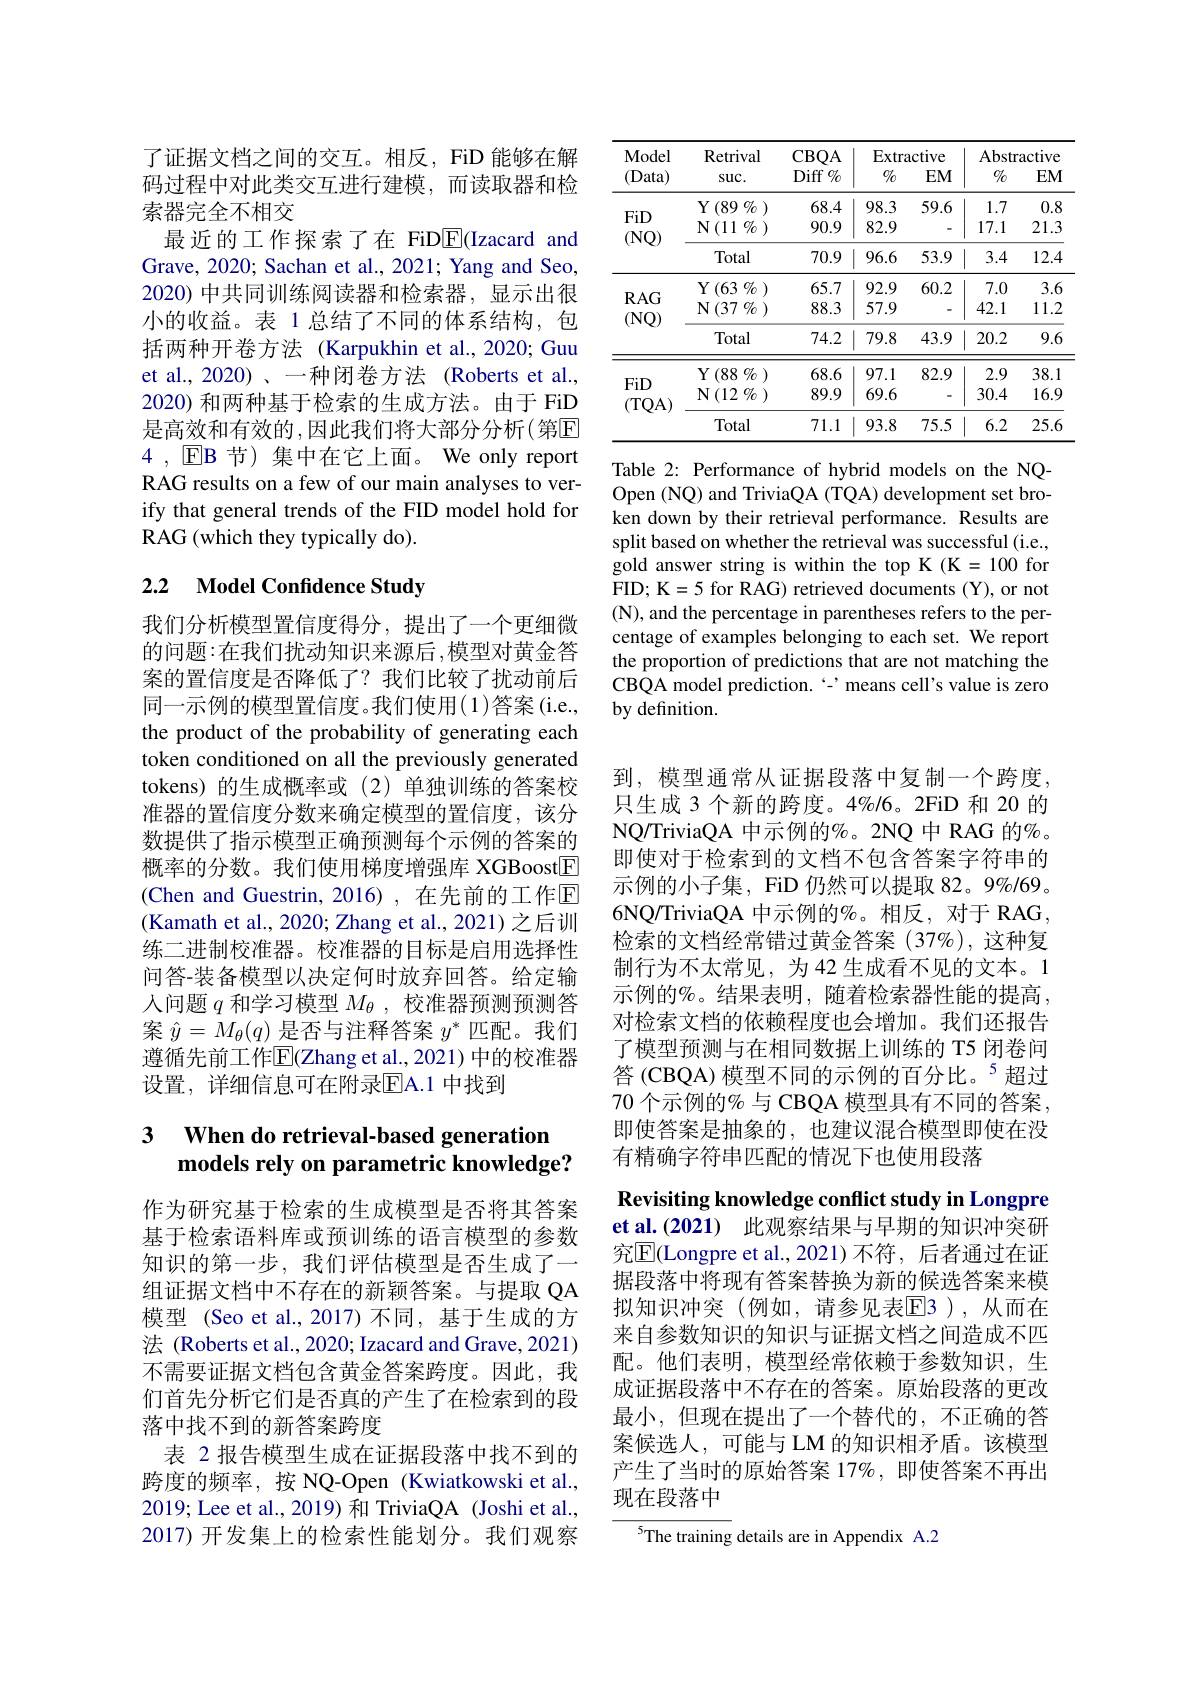
了证据文档之间的交互。相反，FiD 能够在解码过程中对此类交互进行建模，而读取器和检索器完全不相交
最近的工作探索了在 FiDE(Izacard and Grave, 2020; Sachan et al., 2021; Yang and Seo, 2020) 中共同训练阅读器和检索器，显示出很小的收益。表 1 总结了不同的体系结构，包括两种开卷方法 (Karpukhin et al.,2020; Guu et al., 2020)、一种闭卷方法(Roberts et al., 2020) 和两种基于检索的生成方法。由于 FiD 是高效和有效的，因此我们将大部分分析(第$\mathbb{E}$ 4 , $\operatorname{EB}$节)集中在它上面。We only report RAG results on a few of our main analyses to verify that general trends of the FID model hold for RAG (which they typically do).

# 2.2 Model Confidence Study

我们分析模型置信度得分，提出了一个更细微的问题：在我们扰动知识来源后，模型对黄金答案的置信度是否降低了？我们比较了扰动前后同一示例的模型置信度。我们使用(1)答案(i.e., the product of the probability of generating each token conditioned on all the previously generated tokens) 的生成概率或(2)单独训练的答案校准器的置信度分数来确定模型的置信度，该分数提供了指示模型正确预测每个示例的答案的概率的分数。我们使用梯度增强库 XGBoost$\boxed{\mathrm{F}}$ (Chen and Guestrin, 2016) ,在先前的工作$\mathbb{E}$ (Kamath et al., 2020; Zhang et al., 2021) 之后训练二进制校准器。校准器的目标是启用选择性问答-装备模型以决定何时放弃回答。给定输人问题$q$和学习模型$M_\theta$,校准器预测预测答案$\hat{y}=M_\theta(q)$是否与注释答案$y^*$匹配。我们遵循先前工作$\overline{\mathrm{E}}$(Zhang et al.,2021) 中的校准器设置，详细信息可在附录$\overline{\mathrm{E}}$A.1 中找到

## 3 $\textbf{When do retrieval- based generation}$ models rely on parametric knowledge?

作为研究基于检索的生成模型是否将其答案基于检索语料库或预训练的语言模型的参数知识的第一步，我们评估模型是否生成了一组证据文档中不存在的新颖答案。与提取 QA 模型 (Seo et al., 2017) 不同，基于生成的方法 (Roberts et al., 2020; Izacard and Grave, 2021) 不需要证据文档包含黄金答案跨度。因此，我们首先分析它们是否真的产生了在检索到的段落中找不到的新答案跨度
表 2 报告模型生成在证据段落中找不到的跨度的频率，按 NQ-Open (Kwiatkowski et al., 2019; Lee et al., 2019) 和 TriviaQA (Joshi et al., 2017) 开发集上的检索性能划分。我们观察

<table>
	<tbody>
		<tr>
			<th rowspan="2">Model (Data)</th>
			<th rowspan="2">Retrival $SUC.$</th>
			<th rowspan="2">$CBQA$ Diff $\%$</th>
			<th colspan="2">Extractive</th>
			<th colspan="2">Abstractive</th>
		</tr>
		<tr>
			<th>$0/_0$</th>
			<th>$EM$</th>
			<th>$o/l_{0}$</th>
			<th>$EM$</th>
		</tr>
		<tr>
			<td rowspan="3">FiD (NQ)</td>
			<td>$Y\left(89\right.\%$</td>
			<td>68.4</td>
			<td>98.3</td>
			<td>59.6</td>
			<td>1.7</td>
			<td>0.8</td>
		</tr>
		<tr>
			<td>${\mathcal{N}(11\:\%\:)}$</td>
			<td>90.9</td>
			<td>82.9</td>
			<td>-</td>
			<td>17.1</td>
			<td>21.3</td>
		</tr>
		<tr>
			<td>Total</td>
			<td>70.9</td>
			<td>96.6</td>
			<td>53.9</td>
			<td>3.4</td>
			<td>12.4</td>
		</tr>
		<tr>
			<td rowspan="3">$RAG$ (NQ)</td>
			<td>${\mathrm{Y}}\left(63\:\%\:\right)$</td>
			<td>65.7</td>
			<td>92.9</td>
			<td>60.2</td>
			<td>7.0</td>
			<td>3.6</td>
		</tr>
		<tr>
			<td>${\mathbf{N}}\left(37\:\%\:\right)$</td>
			<td>88.3</td>
			<td>57.9</td>
			<td> </td>
			<td>42.1</td>
			<td>11.2</td>
		</tr>
		<tr>
			<td>Total</td>
			<td>74.2</td>
			<td>79.8</td>
			<td>43.9</td>
			<td>20.2</td>
			<td>9.6</td>
		</tr>
		<tr>
			<td rowspan="3">FiD (TQA)</td>
			<td>$Y\left(88\right.\%$</td>
			<td>68.6</td>
			<td>97.1</td>
			<td>82.9</td>
			<td>2.9</td>
			<td>38.1</td>
		</tr>
		<tr>
			<td>${\mathcal{N}}\left(12\:\%\:\right)$</td>
			<td>89.9</td>
			<td>69.6</td>
			<td>-</td>
			<td>30.4</td>
			<td>16.9</td>
		</tr>
		<tr>
			<td>Total</td>
			<td>71.1</td>
			<td>93.8</td>
			<td>75.5</td>
			<td>6.2</td>
			<td>25.6</td>
		</tr>
	</tbody>
</table>

Table 2: Performance of hybrid models on the NQOpen (NQ) and TriviaQA (TQA) development set broken down by their retrieval performance. Results are split based on whether the retrieval was successful (i.e., $\hat{\text{gold answer string is within the top K}} ( \mathbf{K} = 100$for FID; K=5 for RAG) retrieved documents (Y), or not (N), and the percentage in parentheses refers to the percentage of examples belonging to each set. We report the proportion of predictions that are not matching the CBQA model prediction.‘-’means cell's value is zero by definition.

到，模型通常从证据段落中复制一个跨度， 只生成 3 个新的跨度。4%/6。2FiD 和 20 的NQ/ TriviaQA 中示例的%。2NQ 中 RAG 的%。即使对于检索到的文档不包含答案字符串的示例的小子集，FiD 仍然可以提取 82。9%/69。6NQ/TriviaQA 中示例的%。相反，对于 RAG, 检索的文档经常错过黄金答案(37%),这种复制行为不太常见，为 42 生成看不见的文本。1示例的%。结果表明，随着检索器性能的提高， 对检索文档的依赖程度也会增加。我们还报告了模型预测与在相同数据上训练的 T5 闭卷问答 (CBQA) 模型不同的示例的百分比。$^{5}$超过70 个示例的% 与 CBQA 模型具有不同的答案， 即使答案是抽象的，也建议混合模型即使在没有精确字符串匹配的情况下也使用段落
Revisiting knowledge conflict study in Longpre et al.(2021) 此观察结果与早期的知识冲突研究$\overline{\mathbb{E}}($Longpre et al.,2021)不符，后者通过在证据段落中将现有答案替换为新的候选答案来模拟知识冲突(例如，请参见表EB),从而在来自参数知识的知识与证据文档之间造成不匹配。他们表明，模型经常依赖于参数知识，生成证据段落中不存在的答案。原始段落的更改最小，但现在提出了一个替代的，不正确的答案候选人，可能与 LM 的知识相矛盾。该模型产生了当时的原始答案 17%,即使答案不再出现在段落中
$^{5}$The training details are in Appendix A.2